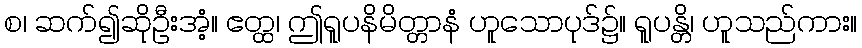
စ၊ ဆက်၍ဆိုဦးအံ့။ ဧတ္ထ၊ ဤရူပနိမိတ္တာနံ ဟူသောပုဒ်၌။ ရူပန္တိ၊ ဟူသည်ကား။